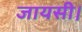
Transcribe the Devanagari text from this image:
जायसी।